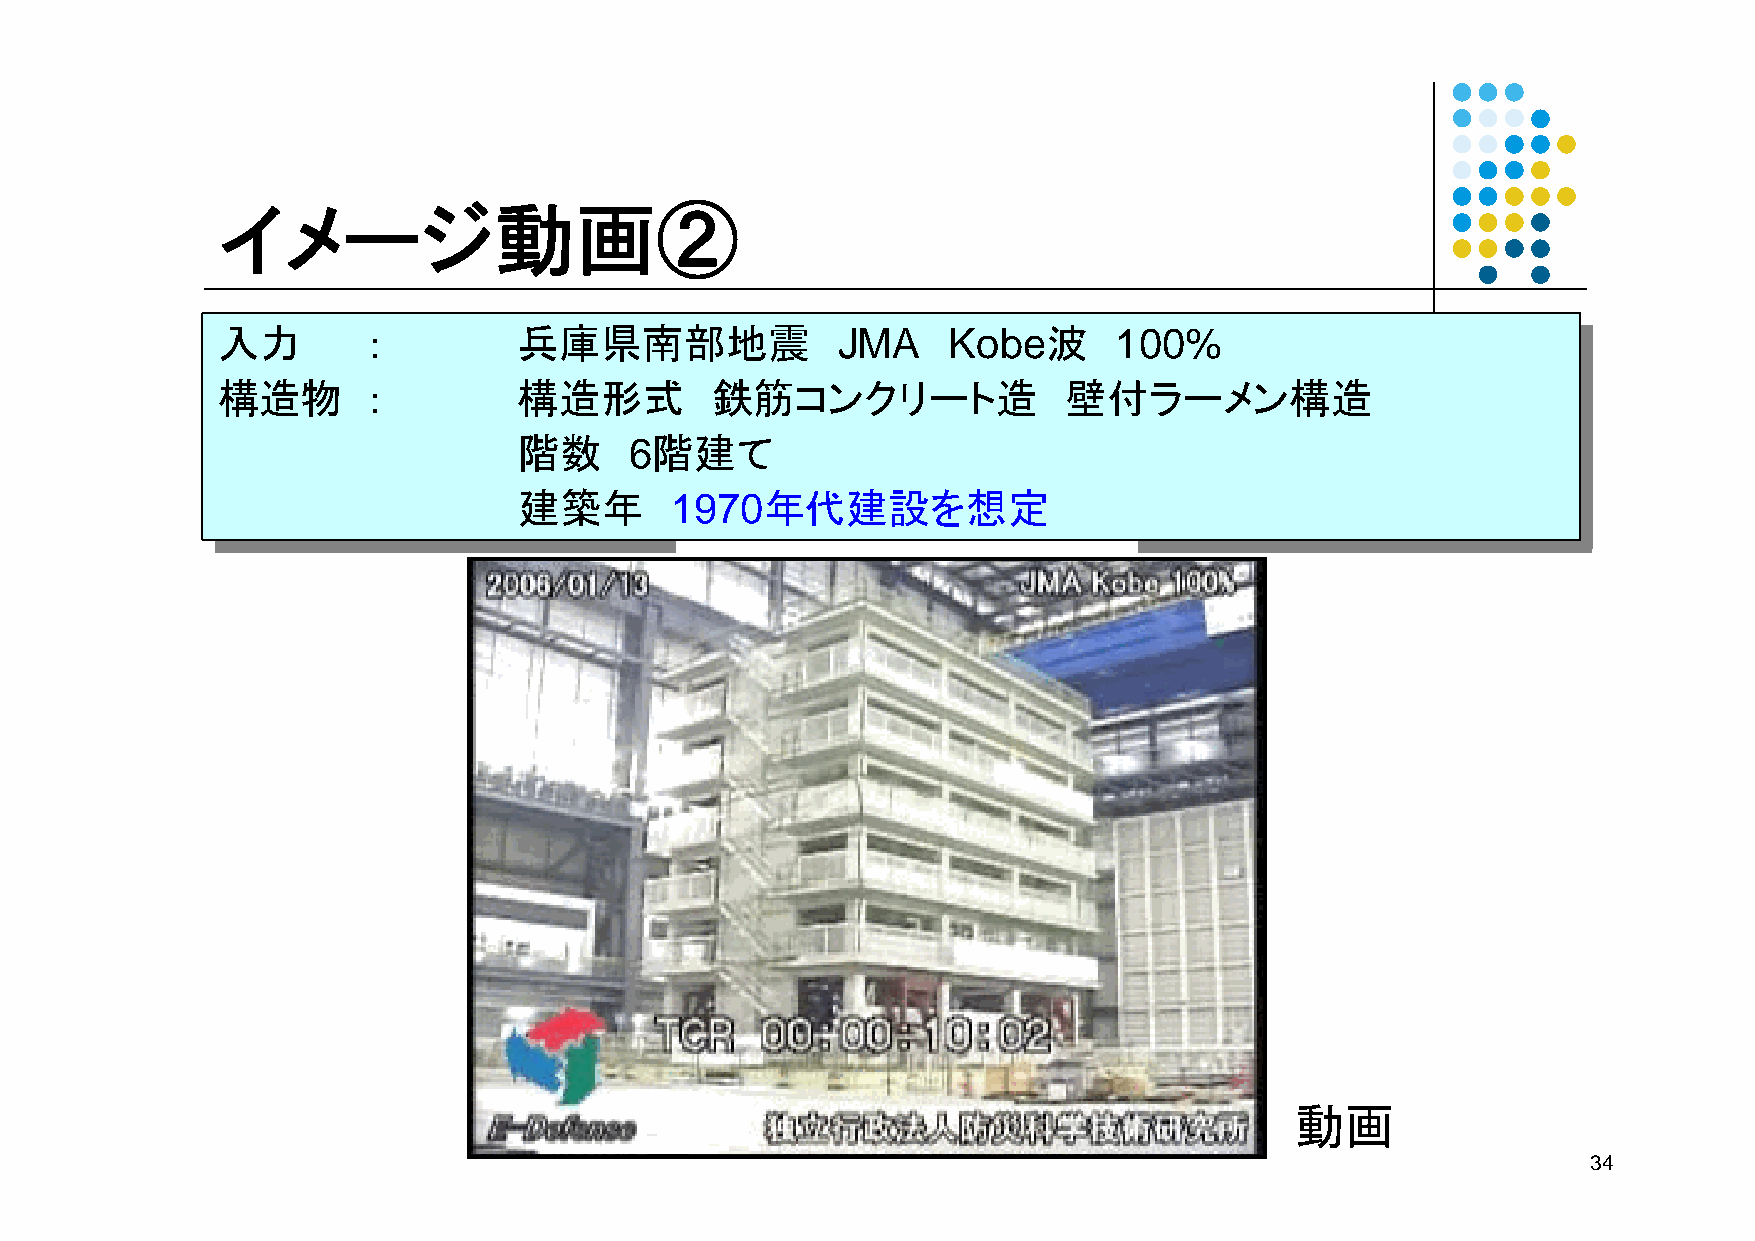
イメージ動画②
 入力        ：         兵庫県南部地震              JMA     Kobe波      100%
 入力        ：         兵庫県南部地震              JMA     Kobe波      100%
 構造物       ：         構造形式         鉄筋コンクリート造               壁付ラーメン構造
 構造物       ：         構造形式         鉄筋コンクリート造              壁付ラーメン構造
 階数      6階建て
 階数     6階建て
 建築年       1970年代建設を想定
 建築年       1970年代建設を想定
 動画
 34